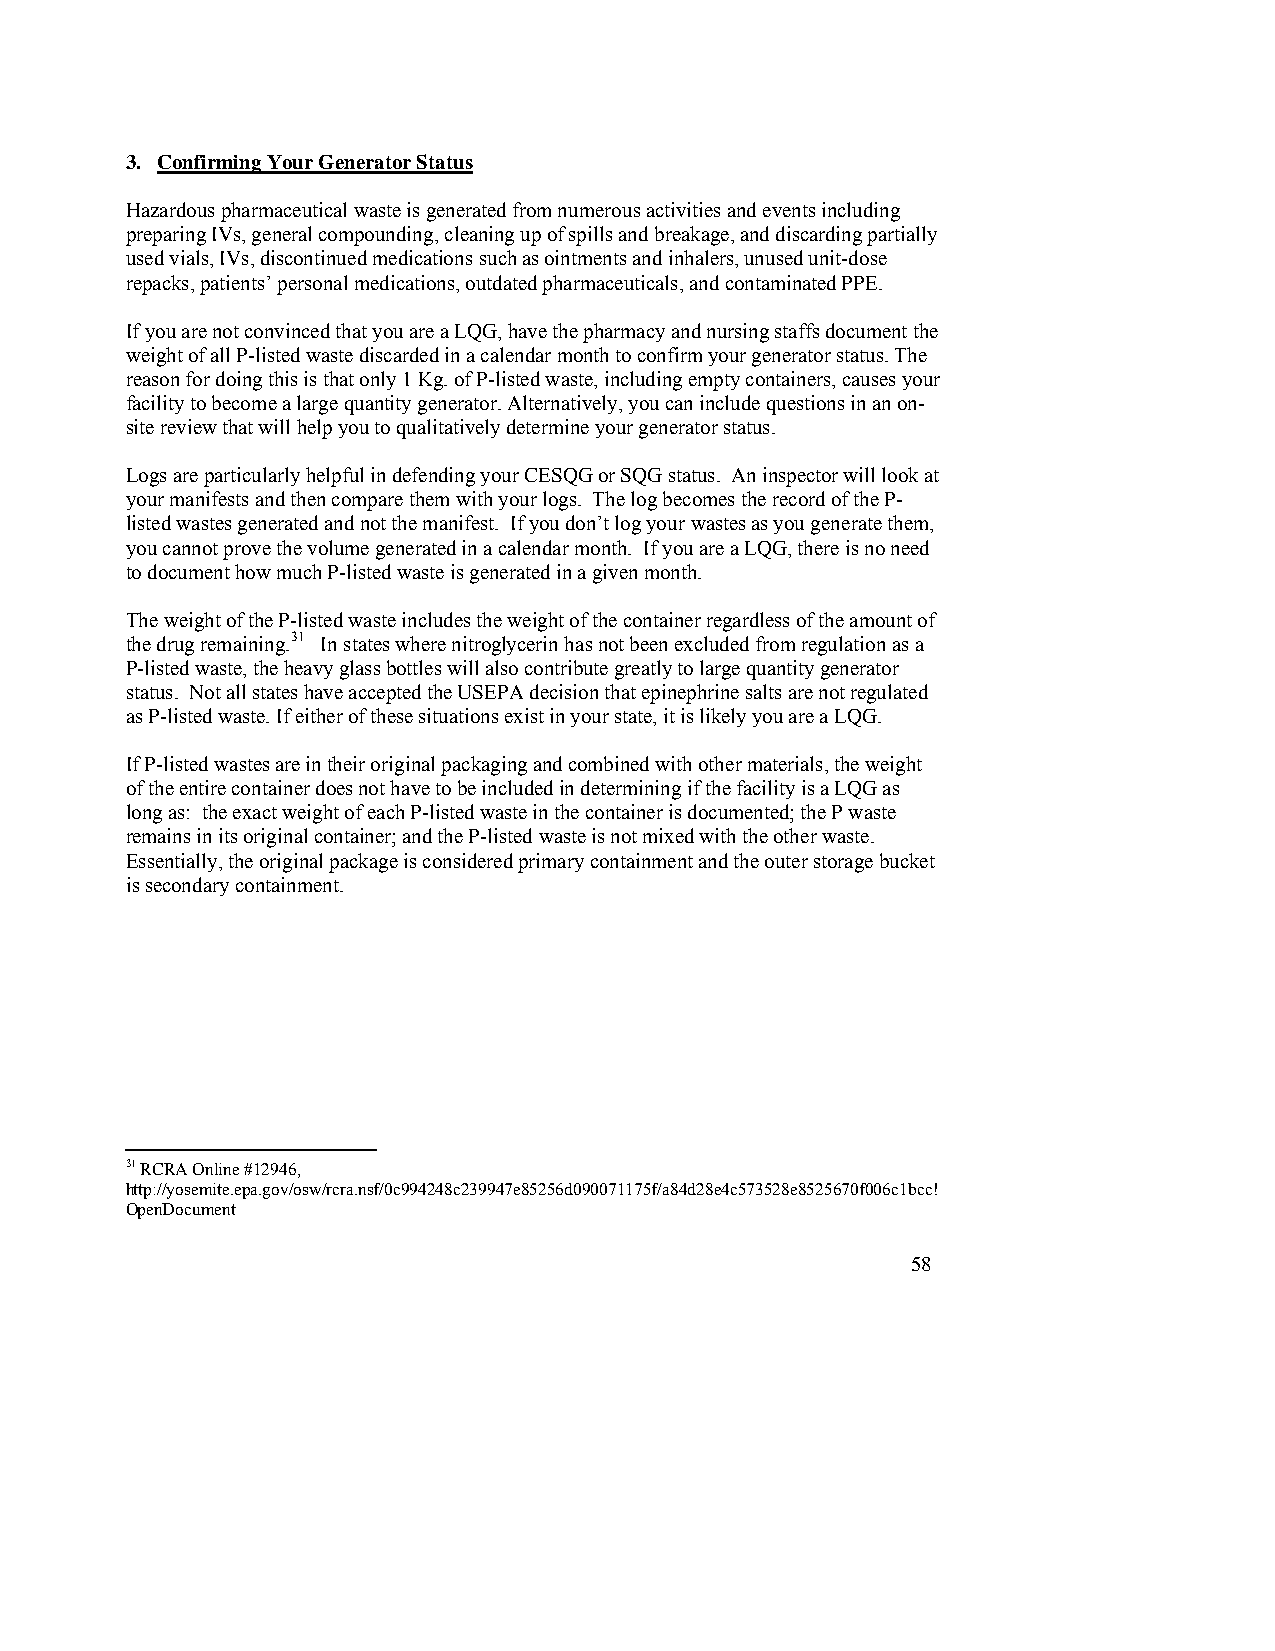
3. Confirming Your Generator Status
 Hazardous pharmaceutical waste is generated from numerous activities and events including
 preparing IVs, general compounding, cleaning up of spills and breakage, and discarding partially
 used vials, IVs, discontinued medications such as ointments and inhalers, unused unit-dose
 repacks, patients’ personal medications, outdated pharmaceuticals, and contaminated PPE.
 If you are not convinced that you are a LQG, have the pharmacy and nursing staffs document the
 weight of all P-listed waste discarded in a calendar month to confirm your generator status. The
 reason for doing this is that only 1 Kg. of P-listed waste, including empty containers, causes your
 facility to become a large quantity generator. Alternatively, you can include questions in an on-
 site review that will help you to qualitatively determine your generator status.
 Logs are particularly helpful in defending your CESQG or SQG status. An inspector will look at
 your manifests and then compare them with your logs. The log becomes the record of the P-
 listed wastes generated and not the manifest. If you don’t log your wastes as you generate them,
 you cannot prove the volume generated in a calendar month. If you are a LQG, there is no need
 to document how much P-listed waste is generated in a given month.
 The weight of the P-listed waste includes the weight of the container regardless of the amount of
 the drug remaining.31 In states where nitroglycerin has not been excluded from regulation as a
 P-listed waste, the heavy glass bottles will also contribute greatly to large quantity generator
 status. Not all states have accepted the USEPA decision that epinephrine salts are not regulated
 as P-listed waste. If either of these situations exist in your state, it is likely you are a LQG.
 If P-listed wastes are in their original packaging and combined with other materials, the weight
 of the entire container does not have to be included in determining if the facility is a LQG as
 long as: the exact weight of each P-listed waste in the container is documented; the P waste
 remains in its original container; and the P-listed waste is not mixed with the other waste.
 Essentially, the original package is considered primary containment and the outer storage bucket
 is secondary containment.
 31 RCRA Online #12946,
 http://yosemite.epa.gov/osw/rcra.nsf/0c994248c239947e85256d090071175f/a84d28e4c573528e8525670f006c1bcc!
 OpenDocument
 58